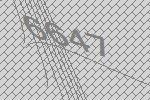
6647